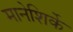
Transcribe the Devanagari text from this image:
मानेशिर्के